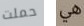
حملت هي